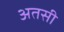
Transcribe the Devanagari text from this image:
अतसी